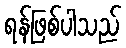
ရန်ဖြစ်ပါသည်